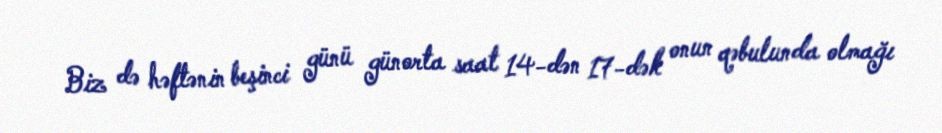
Biz də həftənin beşinci günü günorta saat 14-dən 17-dək onun qəbulunda olmağı